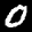
Label: 0